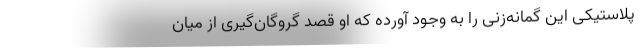
پلاستیکی این گمانه‌زنی را به وجود آورده که او قصد گروگان‌گیری از میان